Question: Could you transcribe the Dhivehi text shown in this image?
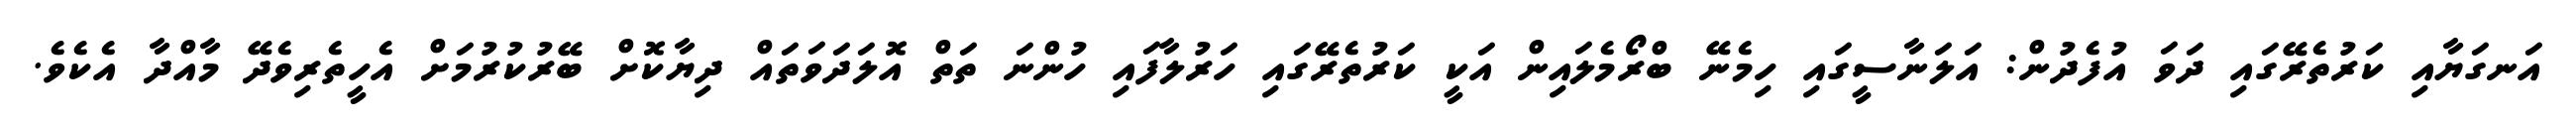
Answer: އަނގަޔާއި ކަރުތެރޭގައި ދަވަ އުފެދުން: އަލަނާސީގައި ހިމެނޭ ބްރޯމެލައިން އަކީ ކަރުތެރޭގައި ހަރުލާފައި ހުންނަ ތަތް އޮލަދަވަތައް ދިޔާކޮށް ބޭރުކުރުމަށް އެހީތެރިވެދޭ މާއްދާ އެކެވެ.